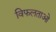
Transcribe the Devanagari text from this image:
विफलताओ